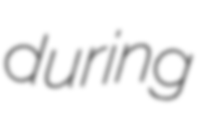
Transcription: during